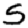
Digit: 5